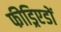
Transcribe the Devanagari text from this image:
फीड्रिएडों